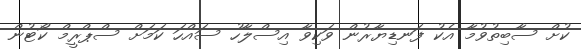
ކުށް ސާބިތުވުމާ އެކު ފަނޑިޔާރުން ވަކިވާ އިސްލާހު ސައްހަ ކަމަށް ސްޕްރީމް ކޯޓުން